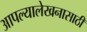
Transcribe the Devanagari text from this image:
आपल्यालेखनासाठी